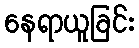
နေရာယူခြင်း